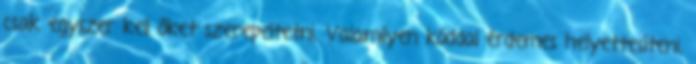
csak egyszer kell őket szerepeltetni. Valamilyen kóddal érdemes helyettesíteni,